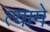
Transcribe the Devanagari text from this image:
त्यामे